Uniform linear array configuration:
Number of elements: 4
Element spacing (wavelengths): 0.5
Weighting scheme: binomial
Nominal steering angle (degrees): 60
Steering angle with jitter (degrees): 58.127
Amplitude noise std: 0.05
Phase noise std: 0.05

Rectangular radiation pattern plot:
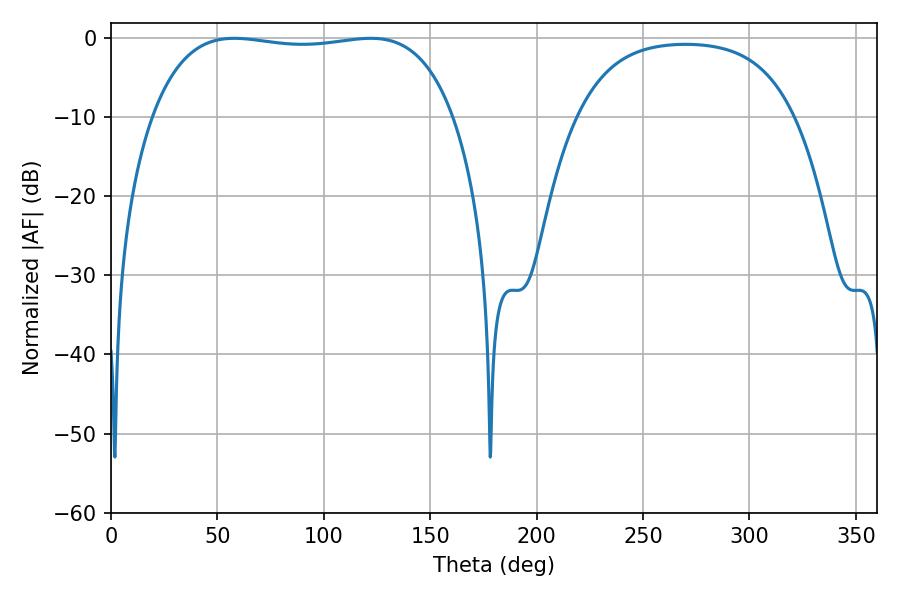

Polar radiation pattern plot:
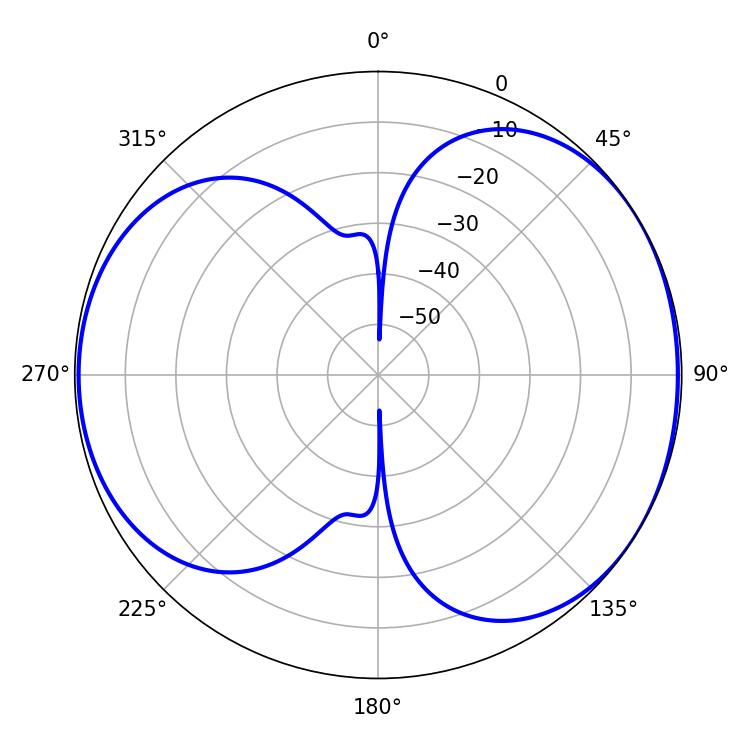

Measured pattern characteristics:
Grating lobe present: FALSE
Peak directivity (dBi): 5.073
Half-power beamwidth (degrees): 113.04
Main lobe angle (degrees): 57.96